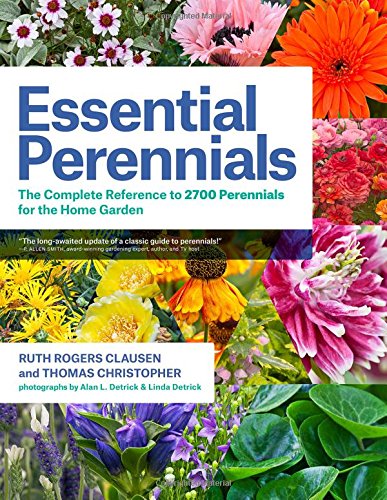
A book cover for Essential Perennials: The Complete Reference to 2700 Perennials for the Home Garden; Ruth Rogers Clausen; Crafts, Hobbies & Home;